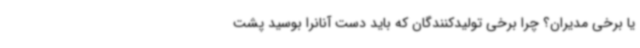
یا برخی مدیران؟ چرا برخی تولیدکنندگان که باید دست آنانرا بوسید پشت